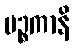
မဉ္စကာနိ